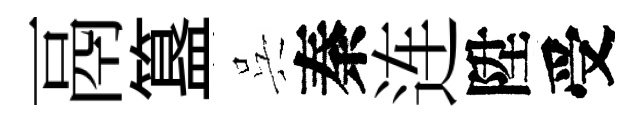
鬲簋呉秦连陞受